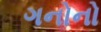
ગનોનો